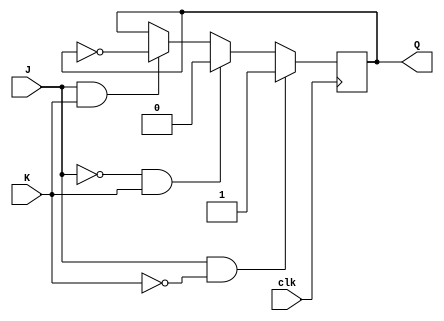
module JKFF (input J, input K, input clk, output reg Q, output reg Q);

always @(negedge clk)
begin
    if (J && ~K)
        Q <= 1;
    else if (~J && K)
        Q <= 0;
    else if (J && K)
        Q <= ~Q;
end

assign Q_bar = ~Q;

endmodule